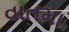
વાતમા